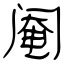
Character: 阉